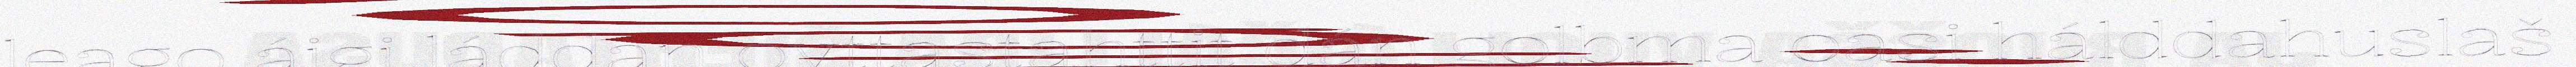
leago áigi láddan ovttastahttit dán golbma oasi hálddahuslaš